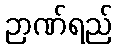
ဉာဏ်ရည်